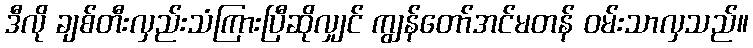
ဒီလို ချစ်တီးလှည်းသံကြားပြီဆိုလျှင် ကျွန်တော်အင်မတန် ဝမ်းသာလှသည်။